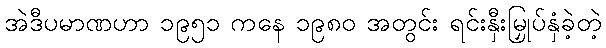
အဲဒီပမာဏဟာ ၁၉၅၁ ကနေ ၁၉၈၀ အတွင်း ရင်းနှီးမြှုပ်နှံခဲ့တဲ့